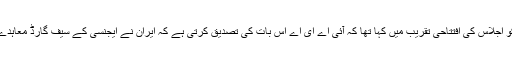
یوکیا آمانو نے پیر کو اجلاس کی افتتاحی تقریب میں کہا تھا کہ آئی اے ای اے اس بات کی تصدیق کرتی ہے کہ ایران نے ایجنسی کے سیف گارڈ معاہدے کی پابندی کی ہے۔